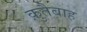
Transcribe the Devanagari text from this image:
क़ुतैबाह